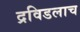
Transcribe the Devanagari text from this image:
द्रविडलाच